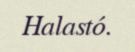
Halastó.